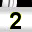
Digit: 2